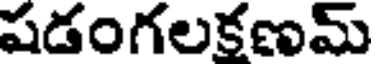
షడంగలకణమ్